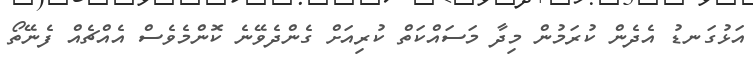
އަޅުގަނޑު އެދެން ކުރަމުން މިދާ މަސައްކަތް ކުރިއަށް ގެންދެވޭނެ ކޮންމެވެސް އެއްޗެއް ފެނޭތޯ